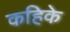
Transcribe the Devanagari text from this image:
कहिके